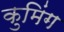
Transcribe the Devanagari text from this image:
कुमिंग